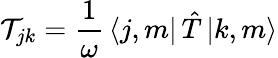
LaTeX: \mathcal{T}_{jk}=\frac{1}{\omega}\, \langle j,m|\, {\hat{T}}\, {|k,m\rangle}